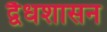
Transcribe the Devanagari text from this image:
द्वैधशासन